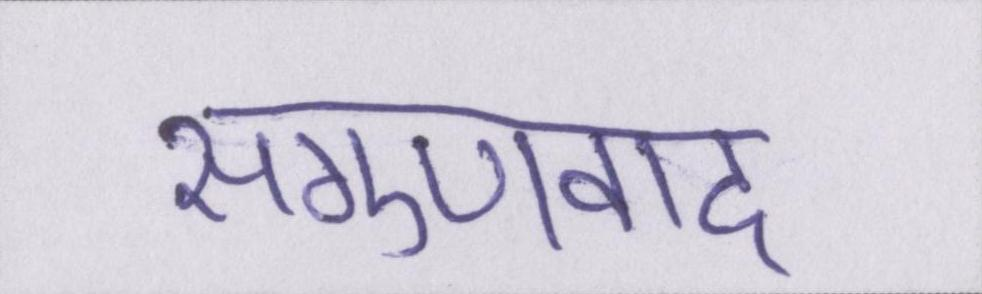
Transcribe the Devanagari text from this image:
सगुणवाद